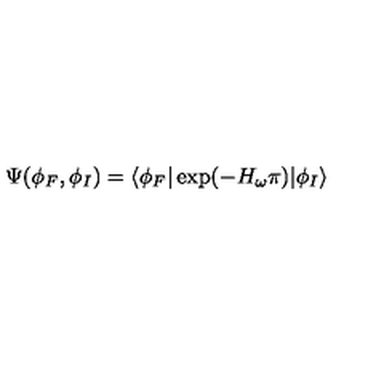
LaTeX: \Psi ( \phi _ { F } , \phi _ { I } ) = \langle \phi _ { F } | \exp ( { - H _ { \omega } \pi } ) | \phi _ { I } \rangle